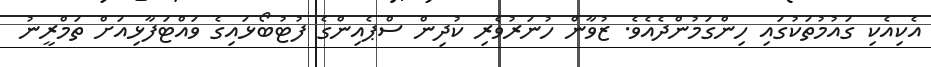
އެކިއެކި ގައުމުތަކުގައި ހިންގަމުންދެއެވެ. ޒުވާން ހުނަރުވެރި ކުދިން ސްޕެއިންގެ ފުޓުބޯޅައިގެ ވައްޓަފާޅިއަށް ތަމްރީނު